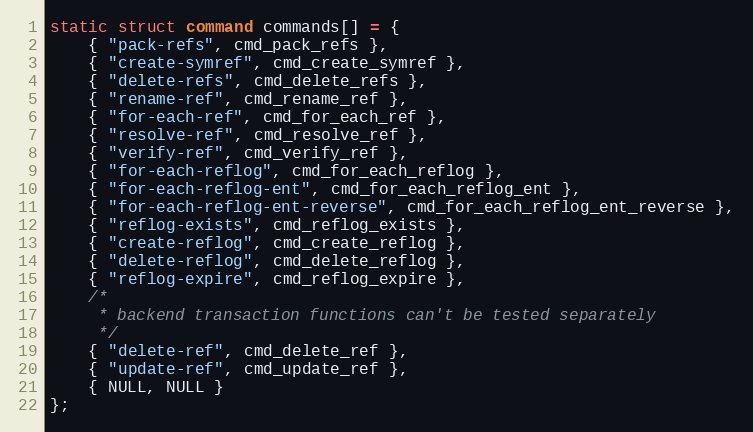
Language: C
static struct command commands[] = {
	{ "pack-refs", cmd_pack_refs },
	{ "create-symref", cmd_create_symref },
	{ "delete-refs", cmd_delete_refs },
	{ "rename-ref", cmd_rename_ref },
	{ "for-each-ref", cmd_for_each_ref },
	{ "resolve-ref", cmd_resolve_ref },
	{ "verify-ref", cmd_verify_ref },
	{ "for-each-reflog", cmd_for_each_reflog },
	{ "for-each-reflog-ent", cmd_for_each_reflog_ent },
	{ "for-each-reflog-ent-reverse", cmd_for_each_reflog_ent_reverse },
	{ "reflog-exists", cmd_reflog_exists },
	{ "create-reflog", cmd_create_reflog },
	{ "delete-reflog", cmd_delete_reflog },
	{ "reflog-expire", cmd_reflog_expire },
	/*
	 * backend transaction functions can't be tested separately
	 */
	{ "delete-ref", cmd_delete_ref },
	{ "update-ref", cmd_update_ref },
	{ NULL, NULL }
};